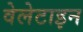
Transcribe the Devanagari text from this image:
वेलेटाइन